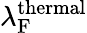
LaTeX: \lambda_{\mathrm{F}}^{\mathrm{thermal}}